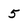
Character: 5